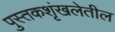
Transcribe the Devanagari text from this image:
पुस्तकशृंखलेतील